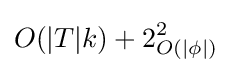
O(|T|k)+2_{O(|\phi |)}^{2}